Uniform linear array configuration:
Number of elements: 8
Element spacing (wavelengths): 0.75
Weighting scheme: hamming
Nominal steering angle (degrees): -30
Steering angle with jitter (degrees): -30.059
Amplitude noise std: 0.05
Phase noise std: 0.05

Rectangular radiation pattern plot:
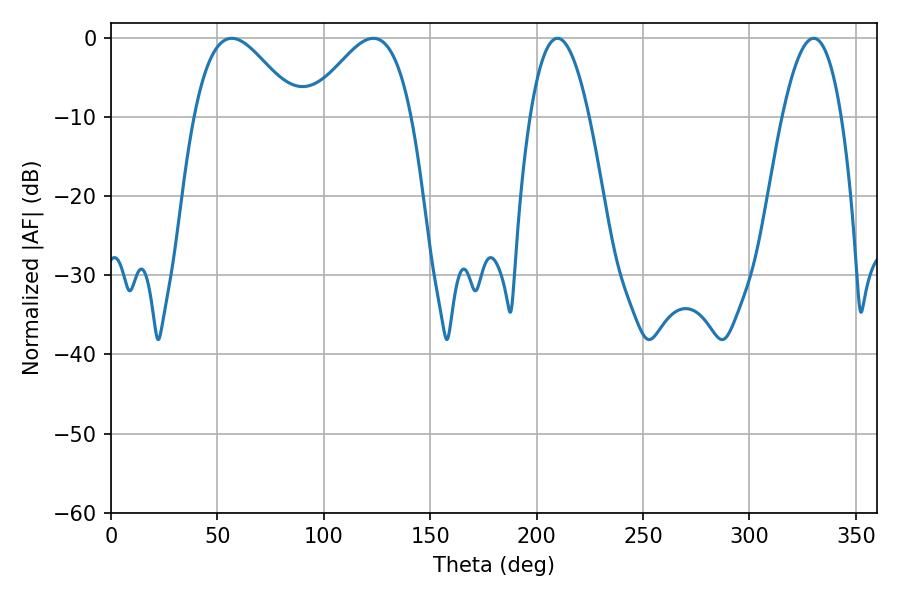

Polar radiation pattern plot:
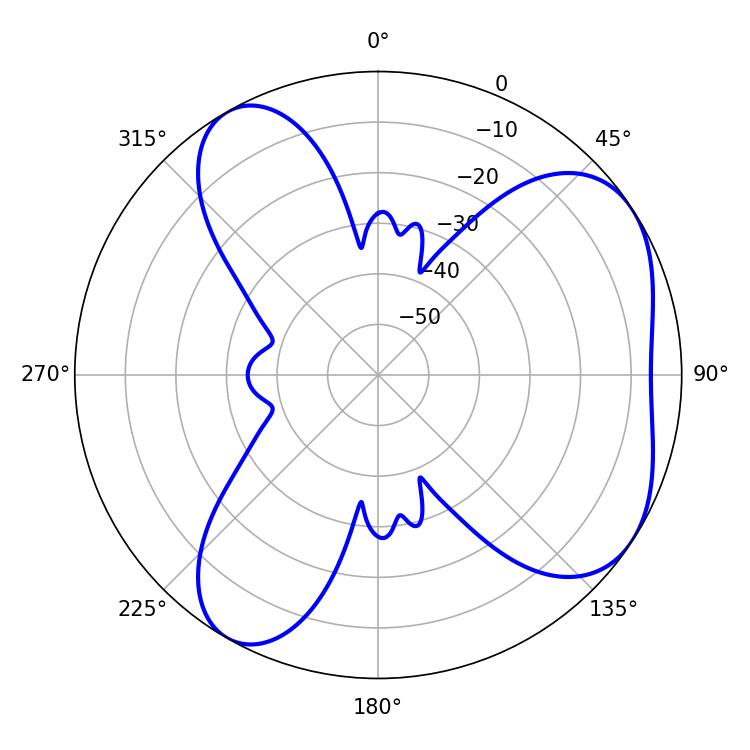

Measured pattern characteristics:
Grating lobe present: TRUE
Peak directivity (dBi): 5.364
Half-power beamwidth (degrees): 26.1
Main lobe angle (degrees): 56.7